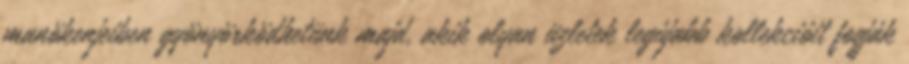
manökenjeiben gyönyörködhetünk majd, akik olyan üzletek legújabb kollekcióit fogják